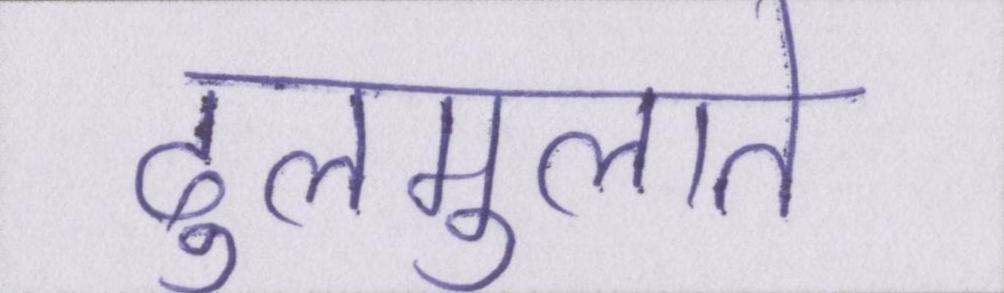
ढुलमुलाते